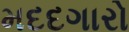
મદદગારો